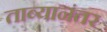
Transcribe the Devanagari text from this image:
ताब्यानंतर